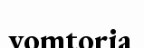
vomtoria